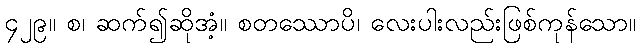
၄၂၉။ စ၊ ဆက်၍ဆိုအံ့။ စတဿောပိ၊ လေးပါးလည်းဖြစ်ကုန်သော။